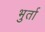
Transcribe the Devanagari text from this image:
भुर्ता